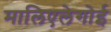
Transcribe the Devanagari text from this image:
मालिएलेगोई